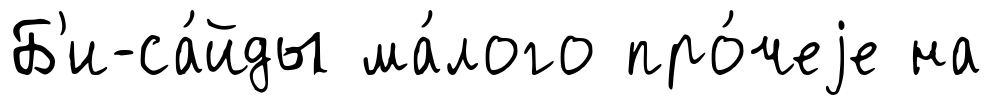
Б'и-са́йды ма́лого про́чеjе на